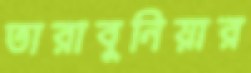
তারাবুনিয়ার